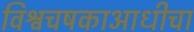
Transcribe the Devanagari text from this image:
विश्वचषकाआधीचा